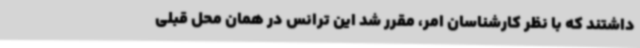
داشتند که با نظر کارشناسان امر، مقرر شد این ترانس در همان محل قبلی